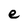
Character: e